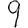
Digit: 9